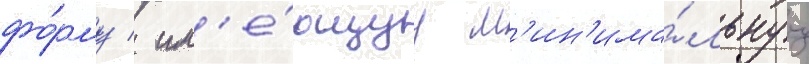
фо́рму / им'е́ющуу м'ин'има́льнуу